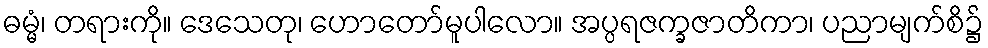
ဓမ္မံ၊ တရားကို။ ဒေသေတု၊ ဟောတော်မူပါလော။ အပ္ပရဇက္ခဇာတိကာ၊ ပညာမျက်စိ၌